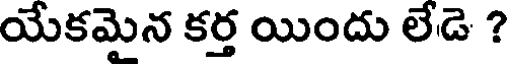
యేకమైన కర్త యిందు లేడె ?